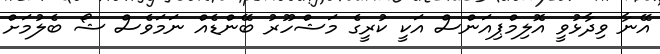
އޭނާ ވިދާޅުވީ އޮލިމްޕިއަންސް އަކީ ކުރީގެ މަޝްހޫރު ބޭންޑެއް ނަމަވެސް ޝޯ ބެލުމަށް